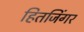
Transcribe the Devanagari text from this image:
हितजिंगर